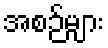
အစဉ်များ